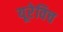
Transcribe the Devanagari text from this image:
यूरेविच